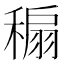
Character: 𥡇